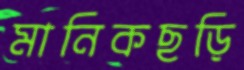
মানিকছড়ি